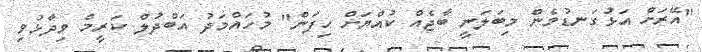
"އޭރަށް އަޅުގަނޑުމެން މިބަލަނީ ބާޖެއް ކުއްޔަށް ހިފަން" މުހައްމަދު އަބްދުލް ކަރީމް ވިދާޅުވި